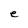
Character: e